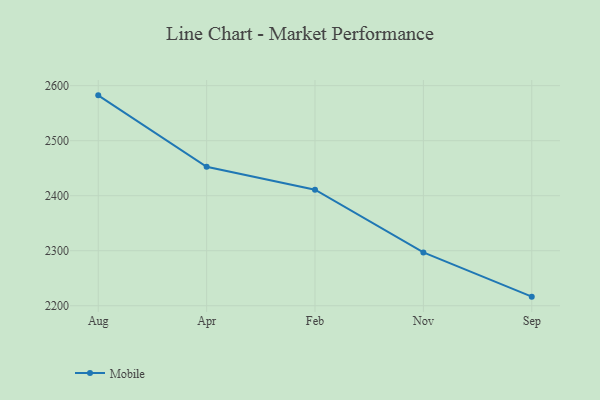
{"axis": {"x": "Month", "y": "Website Visitors"}, "legend": ["Mobile"], "data": [{"x": "Aug", "y": 2582.4, "type": "Mobile"}, {"x": "Apr", "y": 2452.6, "type": "Mobile"}, {"x": "Feb", "y": 2411.0, "type": "Mobile"}, {"x": "Nov", "y": 2296.9, "type": "Mobile"}, {"x": "Sep", "y": 2216.5, "type": "Mobile"}]}